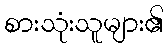
စားသုံးသူများ၏